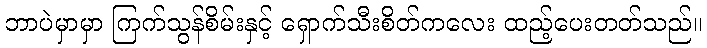
ဘာပဲမှာမှာ ကြက်သွန်စိမ်းနှင့် ရှောက်သီးစိတ်ကလေး ထည့်ပေးတတ်သည်။